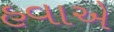
હવાએ